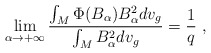
\begin{align*}\lim_{\alpha\to+\infty}\frac{\int_M\Phi(B_\alpha)B_\alpha^2dv_g}{\int_MB_\alpha^2dv_g} = \frac{1}{q}~, \end{align*}